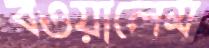
বওয়ালেম